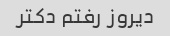
دیروز رفتم دکتر